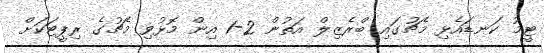
ޓީމު ކަނޑައެޅި މެޗުގައި ބްރެޒިލް އަތުން 2-1 އިން މޮޅުވި މެޗުގެ ރިޕީޓަކަށް